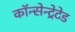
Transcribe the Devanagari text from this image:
कॉन्सेन्ट्रेटेड